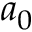
a _ { 0 }